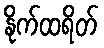
နိုက်ထရိတ်